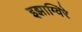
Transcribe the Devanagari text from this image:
इझाग्विरे